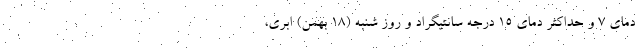
دمای ۷ و حداکثر دمای ۱۵ درجه سانتیگراد و روز شنبه (۱۸ بهمن) ابری،